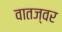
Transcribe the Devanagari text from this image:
वातज्वर